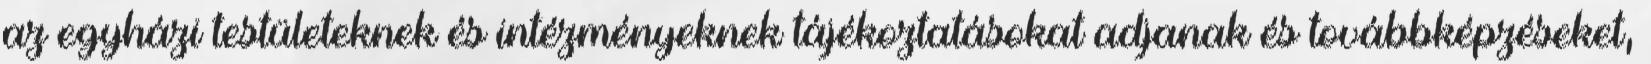
az egyházi testületeknek és intézményeknek tájékoztatásokat adjanak és továbbképzéseket,